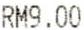
RM9.00